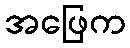
အဖြေက